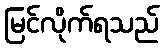
မြင်လိုက်ရသည်